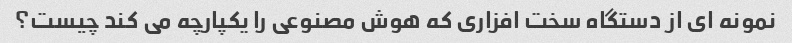
نمونه ای از دستگاه سخت افزاری که هوش مصنوعی را یکپارچه می کند چیست؟